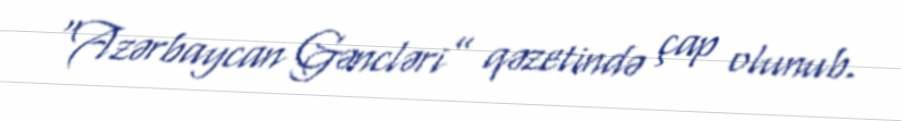
“Azərbaycan Gəncləri” qəzetində çap olunub.